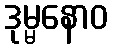
ဒုမ္မနောဝ